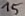
Text: 15